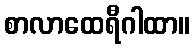
စာလာထေရီဂါထာ။